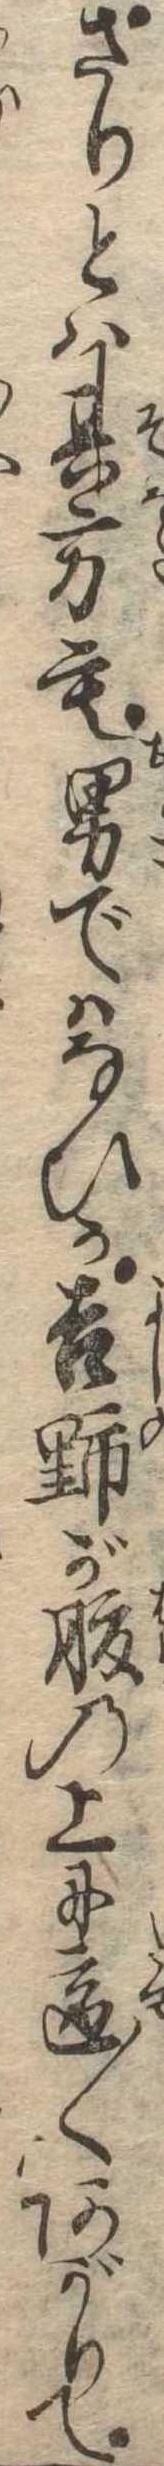
さりとは其方も男ではないか吉野が腹の上に適〱あがりて